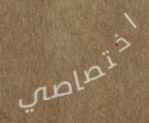
اختصاصي